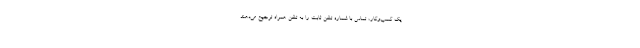
یک کسب‌وکار، تماس با شماره تلفن ثابت را به تلفن همراه ترجیح می‌دهند.